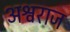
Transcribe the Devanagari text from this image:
अश्वराज